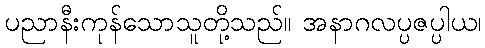
ပညာနီးကုန်သောသူတို့သည်။ အနာဂလပ္ပဇပ္ပါယ၊